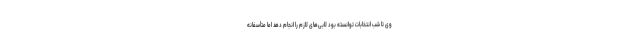
وی تا شب انتخابات توانسته بود لابی‌های لازم را انجام دهد اما متأسفانه